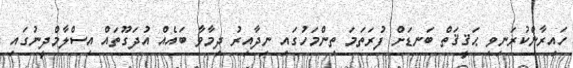
ހައިރާންކުރަނިވި ޙަޤީޤަތް ބަނޑަށް ފުރަތަމަ ތިންމަހުގައި ނިދާއިރު ދިމާވާ ބައެއް އުދަގޫތައް އިސްލާމްދީނުގައި